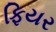
ફિયર